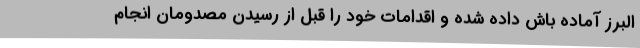
البرز آماده باش داده شده و اقدامات خود را قبل از رسیدن مصدومان انجام